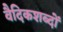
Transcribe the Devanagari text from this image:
वैदिकशब्दों